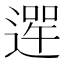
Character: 𨕣